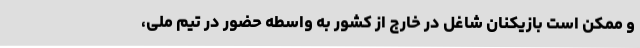
و ممکن است بازیکنان شاغل در خارج از کشور به واسطه حضور در تیم ملی،